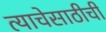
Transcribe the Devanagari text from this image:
त्याचेसाठीची